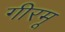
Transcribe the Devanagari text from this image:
गीरमू